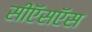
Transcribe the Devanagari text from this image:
सीऍसऍस